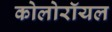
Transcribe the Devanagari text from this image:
कोलोरॉयल